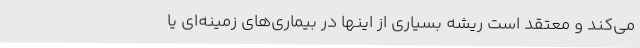
می‌کند و معتقد است ریشه بسیاری از اینها در بیماری‌های زمینه‌ای یا